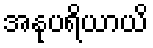
အနုပရိယာယိ